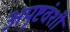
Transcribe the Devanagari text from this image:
अपृष्टवंशी